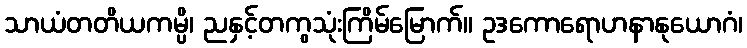
သာယံတတိယကမ္ပိ၊ ညနှင့်တကွသုံးကြိမ်မြောက်။ ဥဒကောရောဟနာနုယောဂံ၊